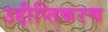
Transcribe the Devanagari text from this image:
उद्दीप्तिकरण